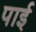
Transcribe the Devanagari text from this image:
पार्इ